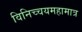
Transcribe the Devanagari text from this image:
विनिच्चयमहामात्र